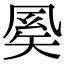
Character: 𥏈